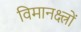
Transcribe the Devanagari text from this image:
विमानक्ष्त्रों